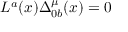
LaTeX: L ^ { a } ( x ) \Delta _ { 0 b } ^ { \mu } ( x ) = 0 \,